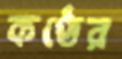
কণ্ঠের